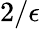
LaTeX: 2/\epsilon